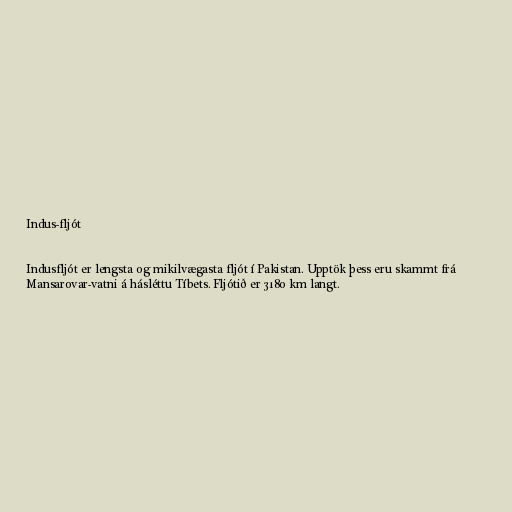
Indus-fljót

Indusfljót er lengsta og mikilvægasta fljót í Pakistan. Upptök þess eru skammt frá
Mansarovar-vatni á hásléttu Tíbets. Fljótið er 3180 km langt.